Burma Government Medical School reports 1907-22
Year: 1907
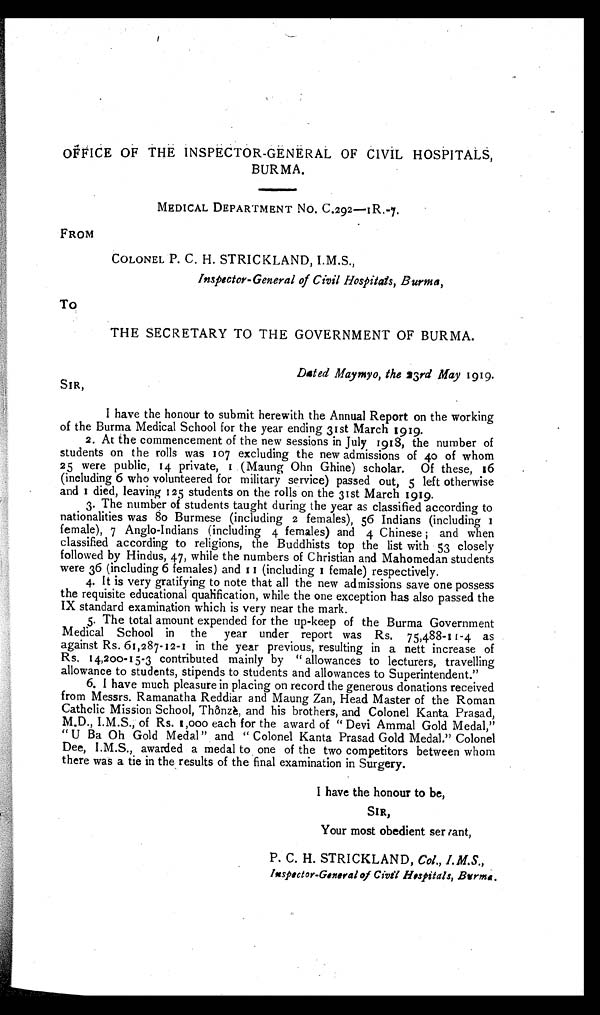
ft
OFFICE OF THE INSPECTOR-GENERAL OF CIVIL HOSPITALS,
BURMA.
MEDICAL DEPARTMENT No. C.292-1R.-7.
FROM
COLONEL P. C. H. STRICKLAND, I.M.S.,
Inspector-General of Civil Hospitals, Burma,
THE SECRETARY TO THE GOVERNMENT OF BURMA.
Dated Maymyo, the 2 3rd May 1919.
SIR,
I have the honour to submit herewith the Annual Report on the working
of the Burma Medical School for the year ending 31st March 1919.
2.At the commencement of the new sessions in July 1918, the number of
students on the rolls was 107 excluding the new admissions of 40 of whom
25 were public, 14 private, 1 (Maung Ohn Ghine) scholar. Of these, 16
(including 6 who volunteered for military service) passed out, 5 left otherwise
and Id i e d , l e a v i n g 1 2 5 s t u d e n t s o n t h e r o l l s o n t h e 3 1 s t M a r c h 1 9 1 9 .
3.The number of students taught during the year as classified according to
nationalities was 8o Burmese (including 2 females), 56 Indians (including
female), 7 Anglo-Indians (including 4 females) and 4 Chinese ; and when
classified according to religions, the Buddhists top the list with 53 closely
followed by Hindus, 47, while the numbers of Christian and Mahomedan students
were 36 (including 6 females) and 11 (including 1 female) respectively.
4. It is very gratifying to note that all the new admissions save one possess
the requisite educational qualification, while the one exception has also passed the
IX standard examination which is very near the mark.
5.The total amount expended for the up-keep of the Burma Government
Medical School in the year under report was Rs. 75,488-11-4 as
against Rs. 61,287-12-1 in the year previous, resulting in a nett increase of
Rs, 14,200-15-3 contributed mainly by "allowances to lecturers, travelling
allowance to students, stipends to students and allowances to Superintendent."
6. I have much pleasure in placing on record the generous donations received
from Messrs. Ramanatha Reddiar and Maung Zan, Head Master of the Roman
Catholic Mission School, Thônzè and his brothers, and Colonel Kanta Prasad,
M.D., I.M.S., of Rs. 1,000 each for the award of " Devi Ammal Gold Medal,"
" U Ba Oh Gold Medal " and " Colonel Kanta Prasad Gold Medal." Colonel
Dee, I.M.S., awarded a medal to one of the two competitors between whom
there was a tie in the results of the final examination in Surgery.
I have the honour to be,
SIR,
Your most obedient ser rant,
P. C. H. STRICKLAND, Col . , I. M S. ,
I ns
p e c t o r - G e n e r a l o f C i v i l H o s p i t a l s , B u r m a .
• • •